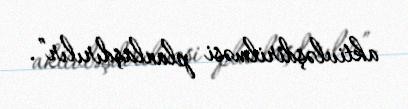
aktivləşdirilməsi planlaşdırılır”.